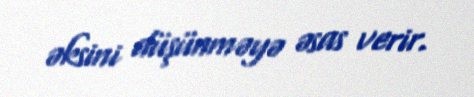
əksini düşünməyə əsas verir.